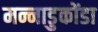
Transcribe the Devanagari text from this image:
मन्नाडुकोंडा